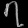
Digit: ၇